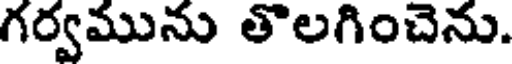
గర్వమును తొలగించెను.